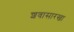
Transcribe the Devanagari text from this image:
शवासारखा